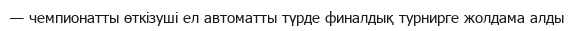
— чемпионатты өткізуші ел автоматты түрде финалдық турнирге жолдама алды